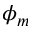
\phi _ { m }